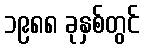
၁၉၈၈ ခုနှစ်တွင်